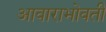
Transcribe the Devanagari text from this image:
आवाराभोवती